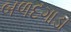
બળદગાડા